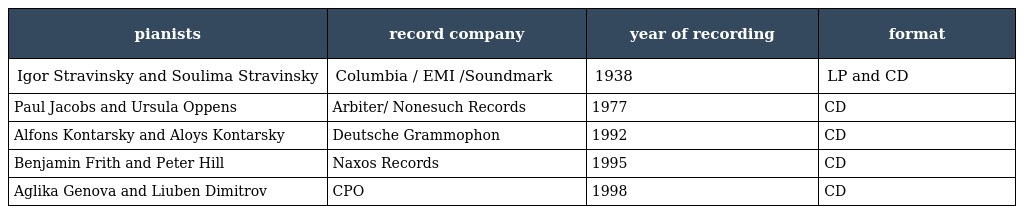
| pianists | record company | year of recording | format |
 | --- | --- | --- | --- |
 | Igor Stravinsky and Soulima Stravinsky | Columbia / EMI /Soundmark | 1938 | LP and CD |
 | Paul Jacobs and Ursula Oppens | Arbiter/ Nonesuch Records | 1977 | CD |
 | Alfons Kontarsky and Aloys Kontarsky | Deutsche Grammophon | 1992 | CD |
 | Benjamin Frith and Peter Hill | Naxos Records | 1995 | CD |
 | Aglika Genova and Liuben Dimitrov | CPO | 1998 | CD |